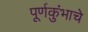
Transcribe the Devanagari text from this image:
पूर्णकुंभाचे